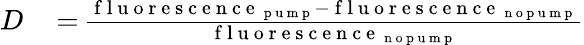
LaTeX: \begin{array}{rl}{D}&{{}\, {=}\, \frac{\mathrm{~f~l~u~o~r~e~s~c~e~n~c~e~}_{\mathrm{~p~u~m~p~}}-\mathrm{~f~l~u~o~r~e~s~c~e~n~c~e~}_{\mathrm{~n~o~p~u~m~p~}}}{\mathrm{~f~l~u~o~r~e~s~c~e~n~c~e~}_{\mathrm{~n~o~p~u~m~p~}}}}\end{array}